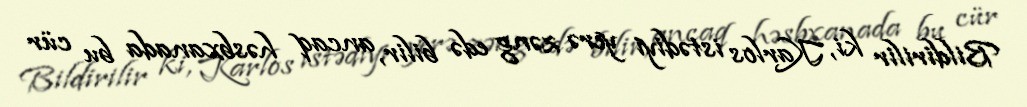
Bildirilir ki, Karlos istədiyi yerə zəng edə bilir, ancaq həsbxanada bu cür